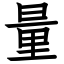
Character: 量